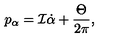
p _ { \alpha } = { \cal I } \dot { \alpha } + \frac { \Theta } { 2 \pi } ,